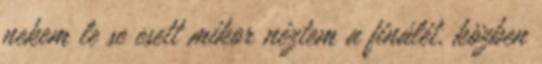
nekem le se esett mikor néztem a finálét, közben